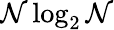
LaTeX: \mathcal{N}\log_{2}\mathcal{N}